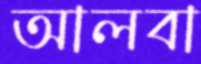
আলবা